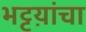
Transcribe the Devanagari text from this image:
भट्टय़ांचा